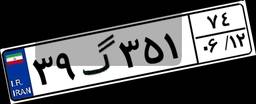
۵۶گ۱۹۳۱۴